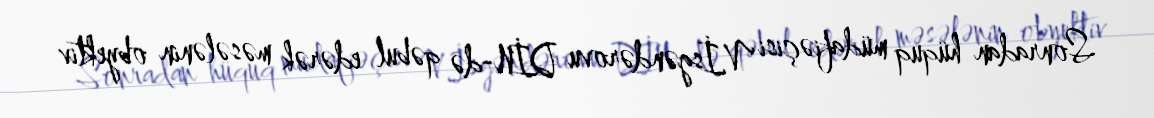
Sonradan hüquq müdafiəçisi V.İsgəndərovu DİN-də qəbul edərək məsələnin obyektiv